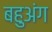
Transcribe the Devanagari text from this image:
बहुअंग